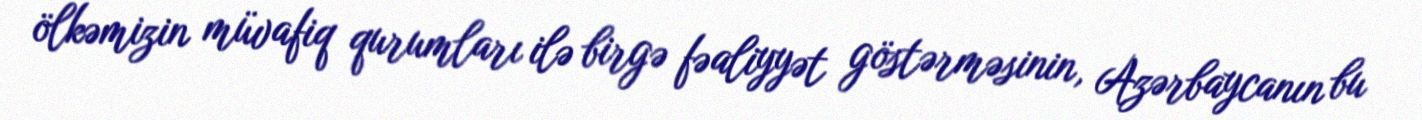
ölkəmizin müvafiq qurumları ilə birgə fəaliyyət göstərməsinin, Azərbaycanın bu